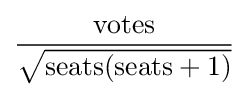
{\frac {\text{votes}}{\sqrt {{\text{seats}}({\text{seats}}+1)}}}